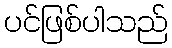
ပင်ဖြစ်ပါသည်